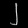
Digit: ၂